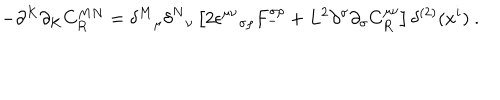
LaTeX: - \partial ^ { K } \partial _ { K } C _ { R } ^ { M N } = { \delta ^ { M } } _ { \mu } { \delta ^ { N } } _ { \nu } \left[ 2 \epsilon ^ { \mu \nu } { } _ { \sigma \rho } F _ { - } ^ { \sigma \rho } + L ^ { 2 } \partial ^ { \sigma } \partial _ { \sigma } C _ { R } ^ { \mu \nu } \right] \delta ^ { ( 2 ) } ( x ^ { i } ) ~ .